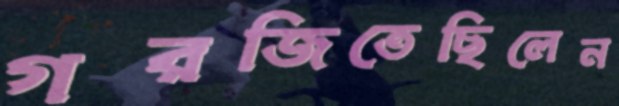
গরজিতেছিলেন